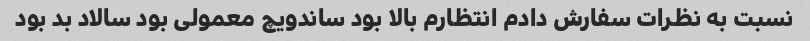
نسبت به نظرات سفارش دادم انتظارم بالا بود ساندویچ معمولی بود سالاد بد بود